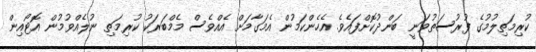
ކުރިމަތިލުމުގެ ފުރުސަތުވަނީ ބަންދުކޮށްފައެވެ. އެހެންކަމުން އެމަގާމަށް އެއްވެސް މެމްބަރަކު ކުރިމަތި ނުލެއްވުމުން އޮޓޯއިން